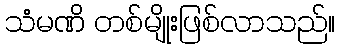
သံမဏိ တစ်မျိုးဖြစ်လာသည်။